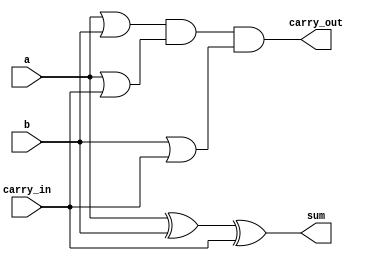
`timescale 1ns / 1ps
//////////////////////////////////////////////////////////////////////////////////
// Company: 
// Engineer: 
// 
// Design Name: 
// Module Name: FullAdder
// Project Name: 
// Target Devices: 
// Tool Versions: 
// Description: 
// 
// Dependencies: 
// 
// Revision:
// Revision 0.01 - File Created
// Additional Comments:
// 
//////////////////////////////////////////////////////////////////////////////////


module FullAdder(
    input a,
    input b,
    input carry_in,
    output wire sum,
    output wire carry_out
    );
    
    // Make a truth table for a full-adder
    // Notice that Carry_out = (A or B) and (A or C_in) and (B or C_in)
    // Sum = A xor B xor C
    
    // You can also make a full adder out of half adders too which is pretty cool honestly
    
    assign sum = a ^ b ^ carry_in;
    
    assign carry_out = (a | b) & (a | carry_in) & (b | carry_in);
    
endmodule